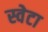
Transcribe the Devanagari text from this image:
स्वेटा